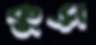
কুড়া